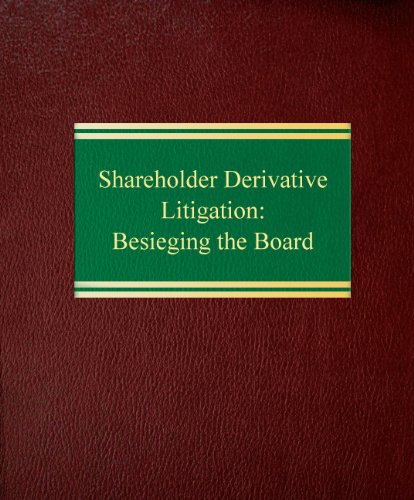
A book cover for Shareholder Derivative Litigation: Besieging the Board (Corporate Litigation Series); Ralph C. Ferrara; Law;